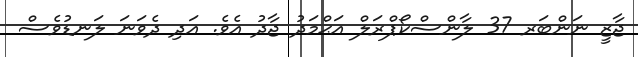
ޖާޒީ ނަންބަރ 37 ލާންސްކޯޕްރަލް އަޙްމަދު ޖާދު އެވެ. އަދި ދެވަނަ ލަނޑުވެސް